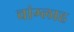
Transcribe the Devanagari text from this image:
चांग्लाह